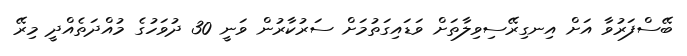
ބޭސްފަރުވާ އަށް އިނގިރޭސިވިލާތަށް ވަޑައިގަތުމަށް ސަރުކާރުން ވަނީ 30 ދުވަހުގެ މުއްދަތެއްދީ މިރޭ